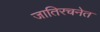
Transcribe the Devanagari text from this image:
जातिरचनेत